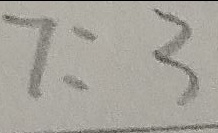
7 : 3